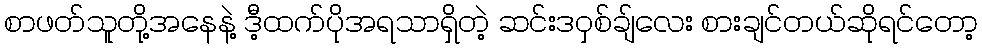
စာဖတ်သူတို့အနေနဲ့ ဒီ့ထက်ပိုအရသာရှိတဲ့ ဆင်းဒဝှစ်ချ်လေး စားချင်တယ်ဆိုရင်တော့